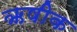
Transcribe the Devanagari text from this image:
ऋषीक